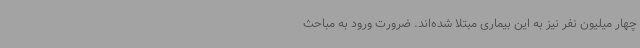
چهار میلیون نفر نیز به این بیماری مبتلا شده‌اند. ضرورت ورود به مباحث